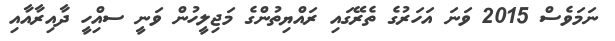
ނަމަވެސް 2015 ވަަނަ އަހަރުގެ ތެރޭގައި ރައްޔިތުންގެ މަޖިލީހުން ވަނީ ސއިްހީ ދާއިރާއާއި